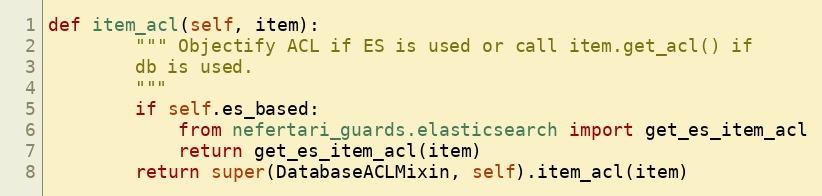
Language: Python
def item_acl(self, item):
        """ Objectify ACL if ES is used or call item.get_acl() if
        db is used.
        """
        if self.es_based:
            from nefertari_guards.elasticsearch import get_es_item_acl
            return get_es_item_acl(item)
        return super(DatabaseACLMixin, self).item_acl(item)